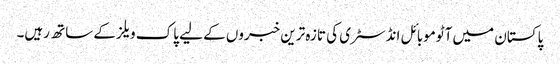
پاکستان میں آٹوموبائل انڈسٹری کی تازہ ترین خبروں کے لیے پاک ویلز کے ساتھ رہیں۔